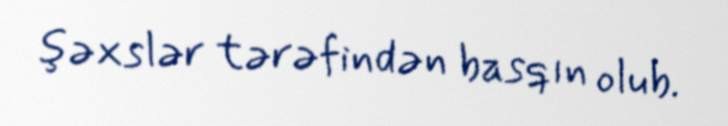
şəxslər tərəfindən basqın olub.